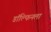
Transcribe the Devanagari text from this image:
डॉल्फिनला